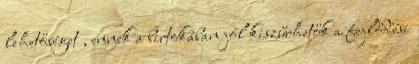
lehetőséget , ennek a birtokában jól kiszűrhetők a fejlődési